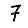
Digit: 7